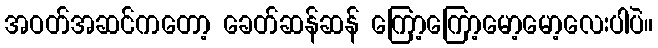
အဝတ်အဆင်ကတော့ ခေတ်ဆန်ဆန် ကြော့ကြော့မော့မော့လေးပါပဲ။